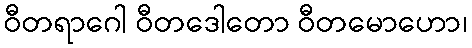
ဝီတရာဂေါ ဝီတဒေါတော ဝီတမောဟော၊